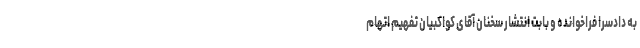
به دادسرا فراخوانده و بابت انتشار سخنان آقای کواکبیان تفهیم اتهام